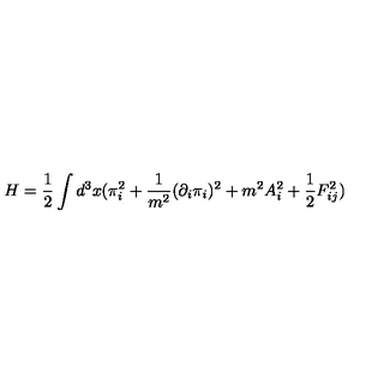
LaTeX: H = \frac { 1 } { 2 } \int d ^ { 3 } x ( \pi _ { i } ^ { 2 } + \frac { 1 } { m ^ { 2 } } ( \partial _ { i } \pi _ { i } ) ^ { 2 } + m ^ { 2 } A _ { i } ^ { 2 } + \frac { 1 } { 2 } F _ { i j } ^ { 2 } ) \nonumber